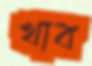
খাব